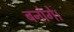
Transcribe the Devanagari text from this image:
बनोगे।